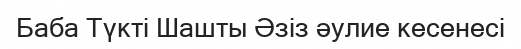
Баба Түкті Шашты Әзіз әулие кесенесі